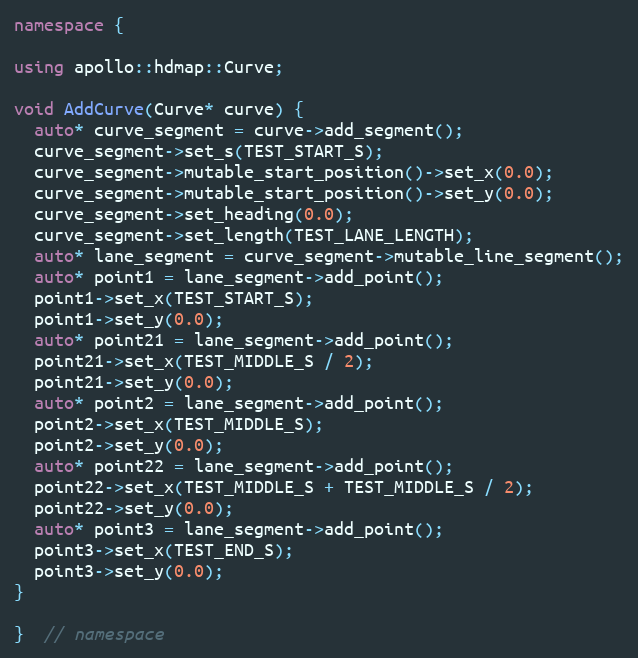
Language: C++
namespace {

using apollo::hdmap::Curve;

void AddCurve(Curve* curve) {
  auto* curve_segment = curve->add_segment();
  curve_segment->set_s(TEST_START_S);
  curve_segment->mutable_start_position()->set_x(0.0);
  curve_segment->mutable_start_position()->set_y(0.0);
  curve_segment->set_heading(0.0);
  curve_segment->set_length(TEST_LANE_LENGTH);
  auto* lane_segment = curve_segment->mutable_line_segment();
  auto* point1 = lane_segment->add_point();
  point1->set_x(TEST_START_S);
  point1->set_y(0.0);
  auto* point21 = lane_segment->add_point();
  point21->set_x(TEST_MIDDLE_S / 2);
  point21->set_y(0.0);
  auto* point2 = lane_segment->add_point();
  point2->set_x(TEST_MIDDLE_S);
  point2->set_y(0.0);
  auto* point22 = lane_segment->add_point();
  point22->set_x(TEST_MIDDLE_S + TEST_MIDDLE_S / 2);
  point22->set_y(0.0);
  auto* point3 = lane_segment->add_point();
  point3->set_x(TEST_END_S);
  point3->set_y(0.0);
}

}  // namespace